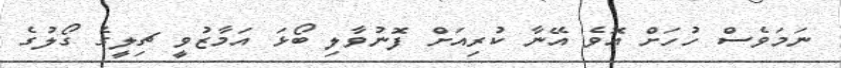
ނަމަވެސް ހުހަށް އޮވެ އޭނާ ކުރިއަށް ފޮނުވާލި ބޯޅަ އަމާޒުވީ ޗިލީގެ ގޯލުގެ